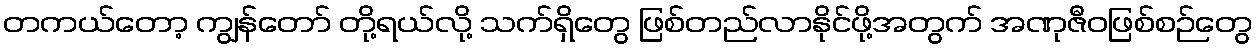
တကယ်တော့ ကျွန်တော် တို့ရယ်လို့ သက်ရှိတွေ ဖြစ်တည်လာနိုင်ဖို့အတွက် အဏုဇီဝဖြစ်စဉ်တွေ